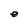
Character: e